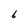
Character: 6